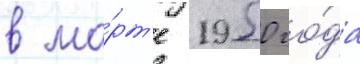
в ма́рт'е 1950 го́да